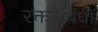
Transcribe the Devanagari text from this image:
रक्तसंबंधों